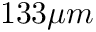
1 3 3 \mu m